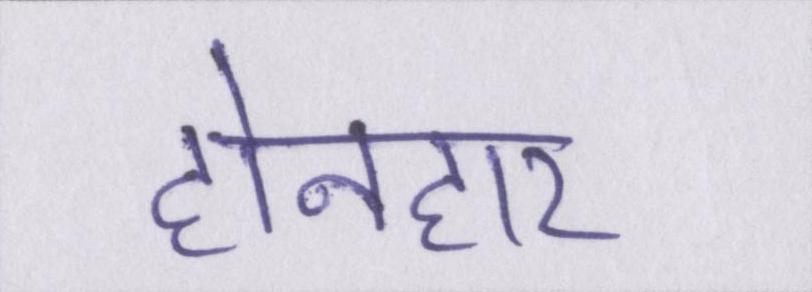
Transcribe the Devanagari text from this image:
होनहार